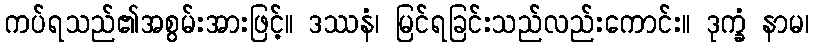
ကပ်ရသည်၏အစွမ်းအားဖြင့်။ ဒဿနံ၊ မြင်ရခြင်းသည်လည်းကောင်း။ ဒုက္ခံ နာမ၊